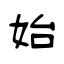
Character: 始